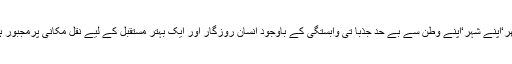
اپنے گھر‘اپنے شہر‘اپنے وطن سے بے حد جذبا تی وابستگی کے باوجود انسان روزگار اور ایک بہتر مستقبل کے لیے نقل مکانی پرمجبور ہوتا ہے۔